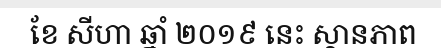
ខែ សីហា ឆ្នាំ ២០១៩ នេះ ស្ថានភាព